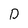
Character: D